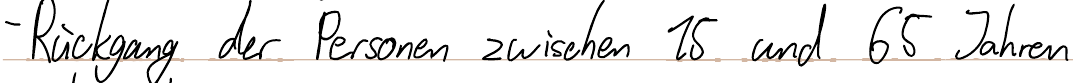
- Rückgang der Personen zwischen 15 und 65 Jahren